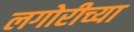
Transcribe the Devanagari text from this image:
लगोरीच्या